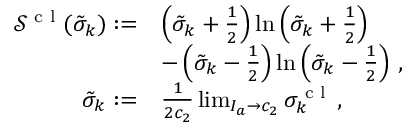
\begin{array} { r l } { \mathcal { S } ^ { \textrm { c l } } ( \tilde { \sigma } _ { k } ) : = } & { \left( \tilde { \sigma } _ { k } + \frac { 1 } { 2 } \right) \ln \left( \tilde { \sigma } _ { k } + \frac { 1 } { 2 } \right) } \\ & { - \left( \tilde { \sigma } _ { k } - \frac { 1 } { 2 } \right) \ln \left( \tilde { \sigma } _ { k } - \frac { 1 } { 2 } \right) \, , } \\ { \tilde { \sigma } _ { k } : = } & { \frac { 1 } { 2 c _ { 2 } } \operatorname* { l i m } _ { I _ { a } \to c _ { 2 } } \sigma _ { k } ^ { \textrm { c l } } \, , } \end{array}